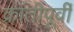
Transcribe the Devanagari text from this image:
क्रांतीपूर्वी